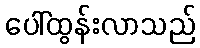
ပေါ်ထွန်းလာသည်